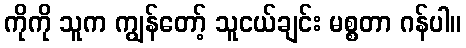
ကိုကို သူက ကျွန်တော့် သူငယ်ချင်း မစ္စတာ ဂန်ပါ။